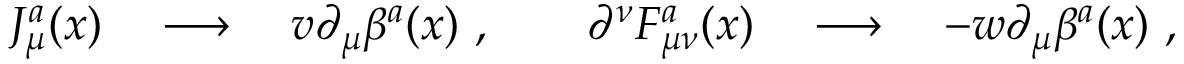
J _ { \mu } ^ { a } ( x ) \quad \longrightarrow \quad v \partial _ { \mu } \beta ^ { a } ( x ) \ , \qquad \partial ^ { \nu } F _ { \mu \nu } ^ { a } ( x ) \quad \longrightarrow \quad - w \partial _ { \mu } \beta ^ { a } ( x ) \ ,